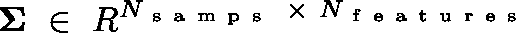
\mathbf { \Sigma } ~ \in ~ \mathbb { R } ^ { N _ { \mathrm { ~ s ~ a ~ m ~ p ~ s ~ } } ~ \times ~ N _ { \mathrm { ~ f ~ e ~ a ~ t ~ u ~ r ~ e ~ s ~ } } }